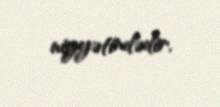
niyyətindədir.